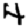
Digit: 4